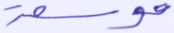
موسعة